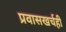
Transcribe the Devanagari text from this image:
प्रवासखर्चही